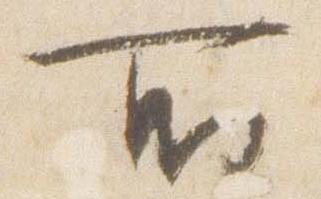
所